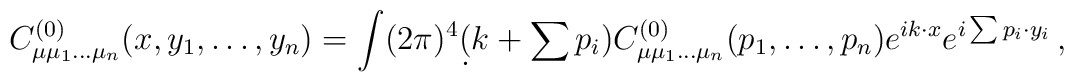
C^{(0)}_{\mu\mu_1\ldots\mu_n}(x,y_1,\ldots,y_n) =\int(2\pi)^4\d(k+\sum p_i)C^{(0)}_{\mu\mu_1\ldots\mu_n}(p_1,\ldots,p_n)  e^{ik\cdot x}e^{i\sum p_i\cdot y_i}\,,